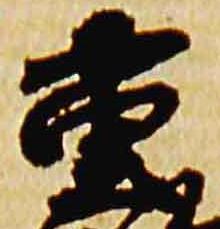
重